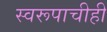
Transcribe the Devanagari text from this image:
स्वरूपाचीही